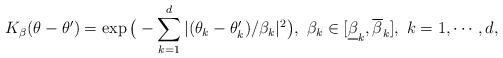
LaTeX: \begin{align*}K_{\beta}(\theta-\theta')=\exp\big(-\sum_{k=1}^d|(\theta_k-\theta'_k)/\beta_k|^{2}\big), ~\beta_k\in[\underline{\beta}_k,\overline{\beta}_k], ~k=1,\cdots,d,\end{align*}